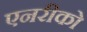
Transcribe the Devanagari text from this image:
एनरीको